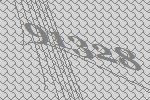
91328